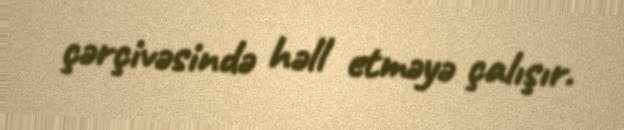
çərçivəsində həll etməyə çalışır.